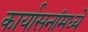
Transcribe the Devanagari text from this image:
कार्यासनांमध्ये